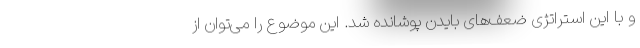
و با این استراتژی ضعف‌های بایدن پوشانده شد. این موضوع را می‌توان از